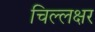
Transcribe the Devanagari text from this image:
चिल्लक्षर